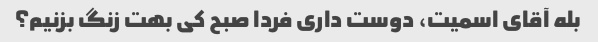
بله آقای اسمیت، دوست داری فردا صبح کی بهت زنگ بزنیم؟